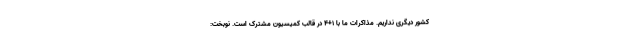
کشور دیگری نداریم. مذاکرات ما با ۱+۴ در قالب کمیسیون مشترک است. نوبخت: